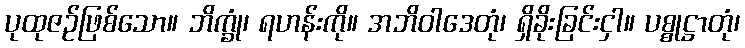
ပုထုဇဉ်ဖြစ်သော။ ဘိက္ခုံ၊ ရဟန်းကို။ အဘိဝါဒေတုံ၊ ရှိခိုးခြင်းငှါ။ ပစ္စုဋ္ဌာတုံ၊